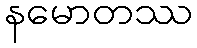
နမောတဿ